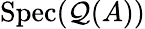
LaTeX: \operatorname{Spec}(\mathcal{Q}(A))